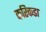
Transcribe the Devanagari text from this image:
करिकडा